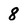
Character: 8